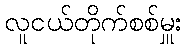
လူငယ်တိုက်စစ်မှူး